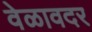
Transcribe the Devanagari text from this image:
वेळावदर